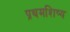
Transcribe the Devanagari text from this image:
प्रथमशिष्य